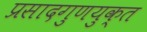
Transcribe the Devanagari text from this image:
प्रसादगुणयुक्त